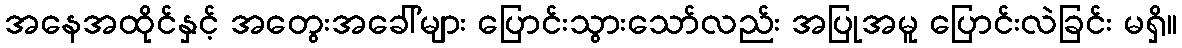
အနေအထိုင်နှင့် အတွေးအခေါ်များ ပြောင်းသွားသော်လည်း အပြုအမူ ပြောင်းလဲခြင်း မရှိ။